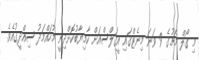
މި ގޯލް މެޗުގެ 9 ވަނަ މިނެޓްގައި އީގަލްސްއަށް ކާމިޔާބުކޮށްދިނީ މުހައްމަދު ސިއްދީގުއެވެ.